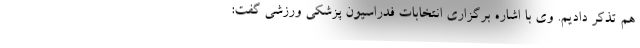
هم تذکر دادیم. وی با اشاره برگزاری انتخابات فدراسیون پزشکی ورزشی گفت: